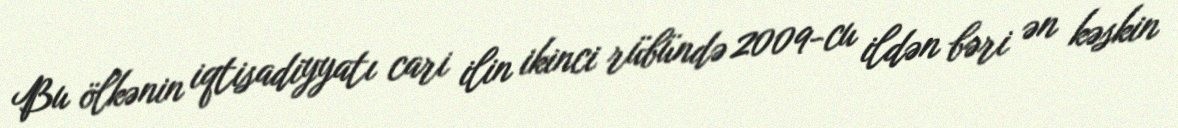
Bu ölkənin iqtisadiyyatı cari ilin ikinci rübündə 2009-cu ildən bəri ən kəskin